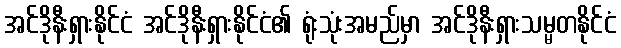
အင်ဒိုနီးရှားနိုင်ငံ အင်ဒိုနီးရှားနိုင်ငံ၏ ရုံးသုံးအမည်မှာ အင်ဒိုနီးရှားသမ္မတနိုင်ငံ